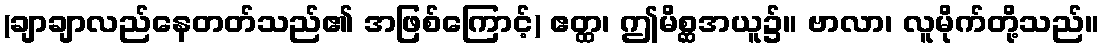
(ချာချာလည်နေတတ်သည်၏ အဖြစ်ကြောင့်) ဧတ္ထ၊ ဤမိစ္ဆအယူ၌။ ဗာလာ၊ လူမိုက်တို့သည်။